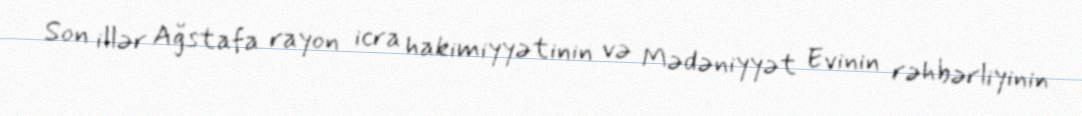
Son illər Ağstafa rayon icra hakimiyyətinin və Mədəniyyət Evinin rəhbərliyinin